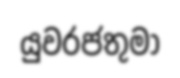
යුවරජතුමා